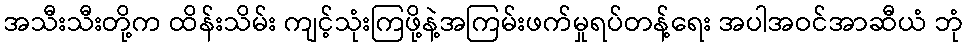
အသီးသီးတို့က ထိန်းသိမ်း ကျင့်သုံးကြဖို့နဲ့အကြမ်းဖက်မှုရပ်တန့်ရေး အပါအဝင်အာဆီယံ ဘုံ